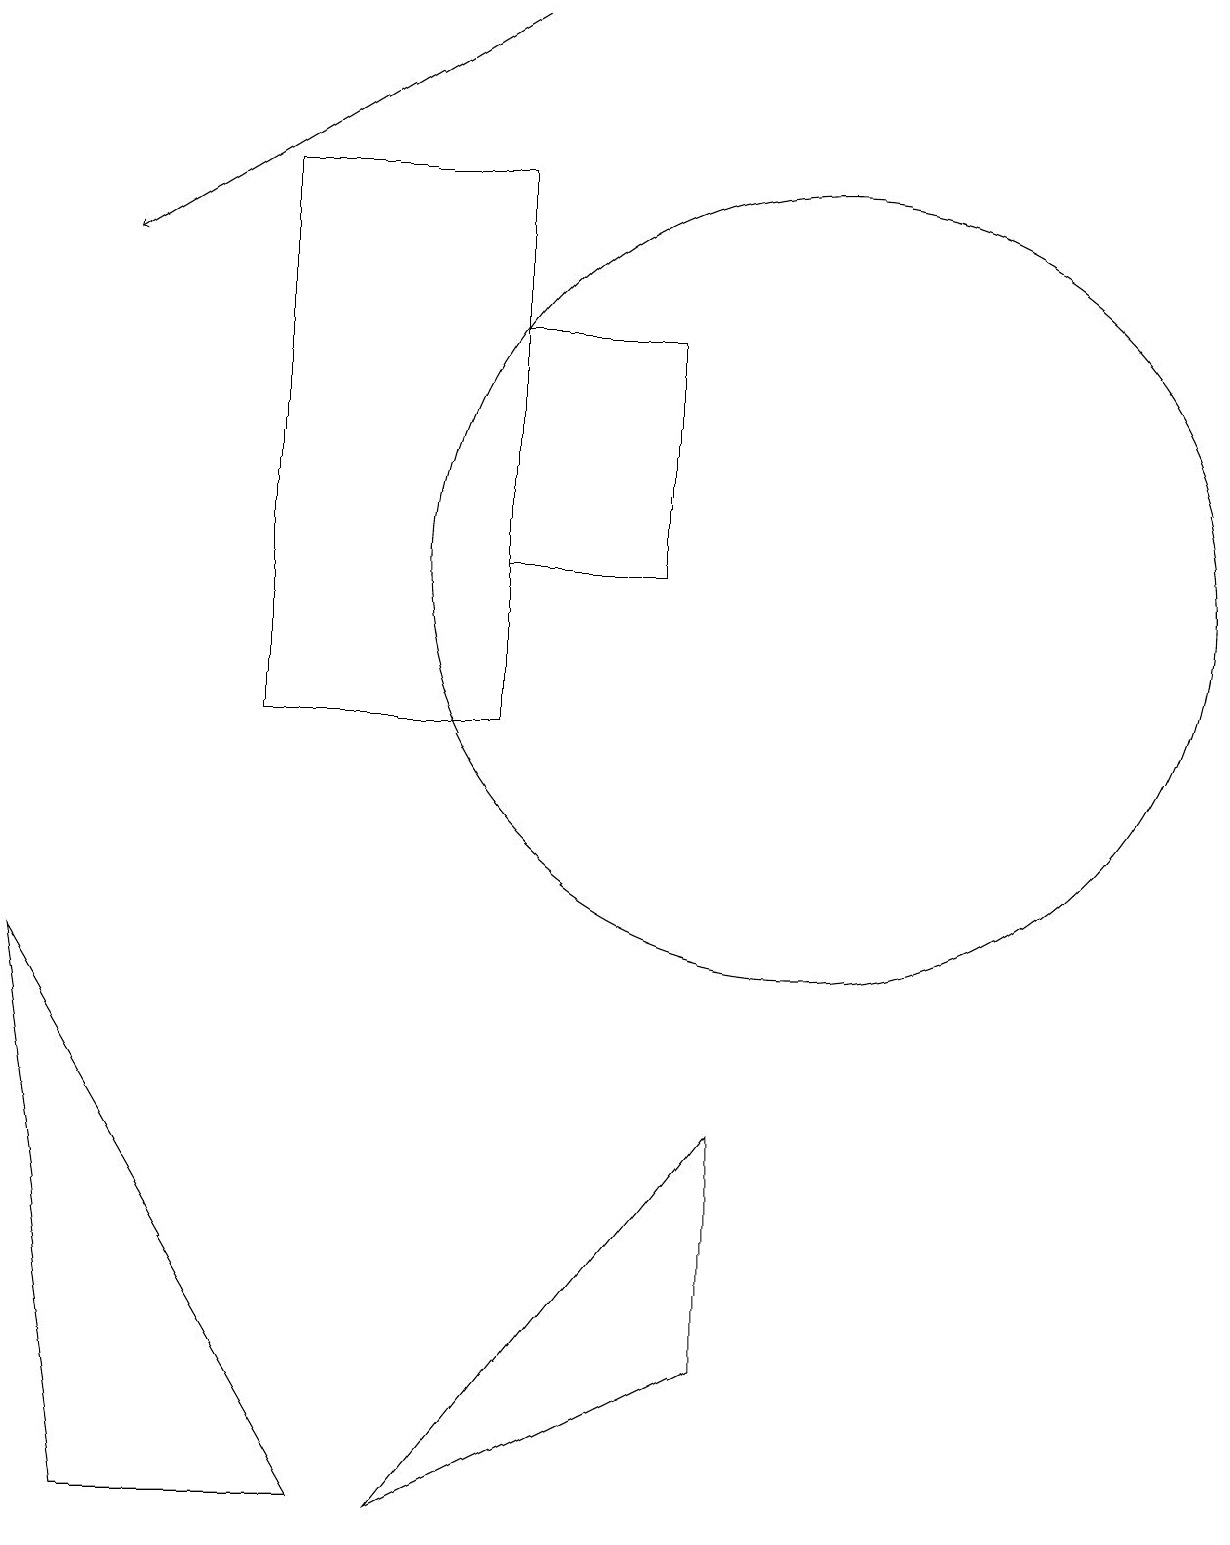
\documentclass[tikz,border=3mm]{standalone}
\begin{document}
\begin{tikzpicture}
\draw (5,0) -- (9,2) -- (9,5) -- cycle;
\draw (10,12) circle (5);
\draw[->] (6,19) -- (1,16);
\draw (0,7) -- (1,0) -- (4,0) -- cycle;
\draw (6,12) rectangle (8,15);
\draw (3,10) rectangle (6,17);
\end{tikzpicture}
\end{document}